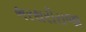
ભરથરીરાજા